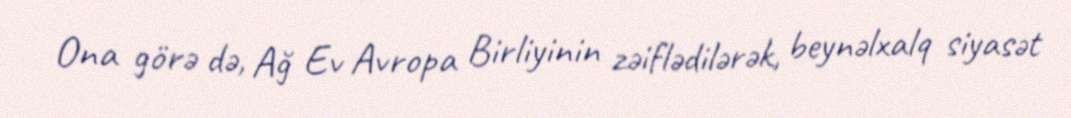
Ona görə də, Ağ Ev Avropa Birliyinin zəiflədilərək, beynəlxalq siyasət